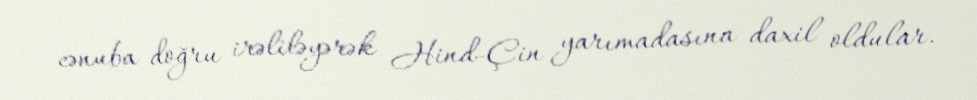
cənuba doğru irəliləyərək Hind-Çin yarımadasına daxil oldular.